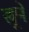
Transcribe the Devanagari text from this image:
खूणे